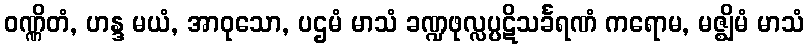
ဝဏ္ဏိတံ, ဟန္ဒ မယံ, အာဝုသော, ပဌမံ မာသံ ခဏ္ဍဖုလ္လပ္ပဋိသင်္ခရဏံ ကရောမ, မဇ္ဈိမံ မာသံ